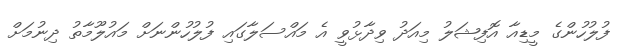
ފުލުހުންގެ މީޑިއާ އޮފިޝަލު މިއަދު ވިދާޅުވީ އެ މައްސަލާގައި ފުލުހުންނަށް މައުލޫމާތު ދިނުމަށް